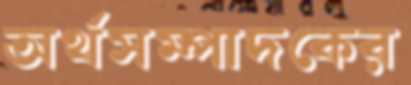
অর্থসম্পাদকের